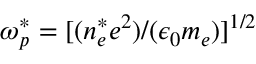
\omega _ { p } ^ { * } = [ ( n _ { e } ^ { * } e ^ { 2 } ) / ( \epsilon _ { 0 } m _ { e } ) ] ^ { 1 / 2 }